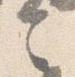
言